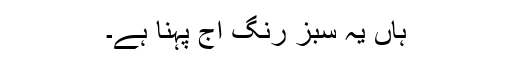
ہاں یہ سبز رنگ آج پہنا ہے۔